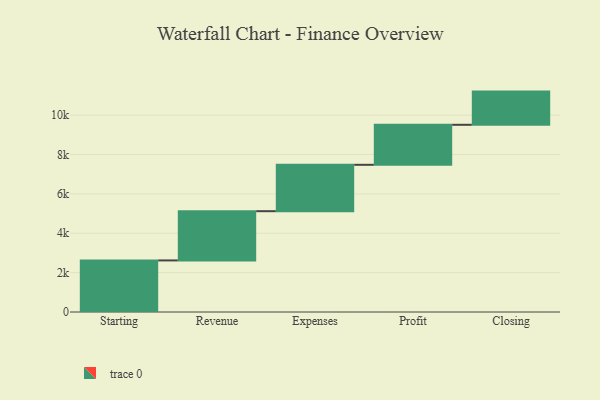
{"axis": {"x": "Step", "y": "Value"}, "legend": [""], "data": [{"x": "Starting", "y": 2620.0, "type": ""}, {"x": "Revenue", "y": 2501.0, "type": ""}, {"x": "Expenses", "y": 2356.0, "type": ""}, {"x": "Profit", "y": 2033.0, "type": ""}, {"x": "Closing", "y": 1686.0, "type": ""}]}